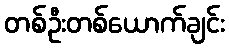
တစ်ဦးတစ်ယောက်ချင်း